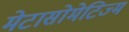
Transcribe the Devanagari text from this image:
मेटासोमेटिज्म